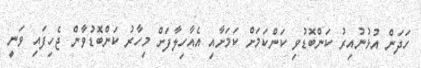
ހަދަން އުޅުނުއިރު ކަންބޮޑުވި ކަންކަމަށް ކަމަށާއި އެއާހިލާފަށް މިހާރު ކަންބޮޑުވާން ޖެހިފައި ވަނީ